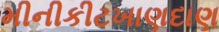
મીનીકીટખાણદાણ